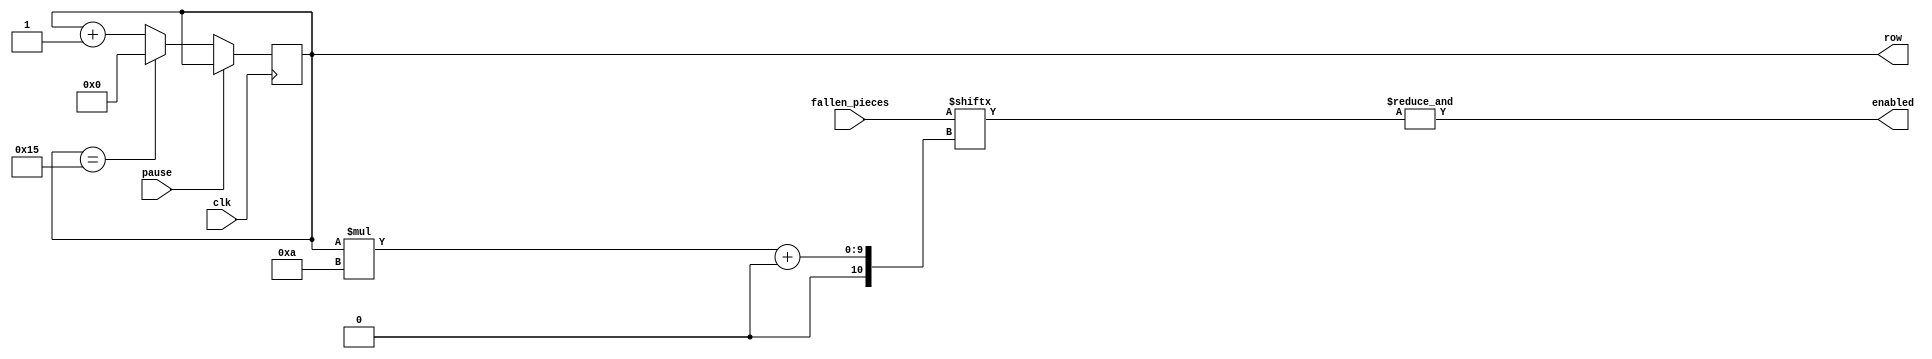
`define PIXEL_WIDTH 640
`define PIXEL_HEIGHT 480
`define HSYNC_FRONT_PORCH 16
`define HSYNC_PULSE_WIDTH 96
`define HSYNC_BACK_PORCH 48
`define VSYNC_FRONT_PORCH 10
`define VSYNC_PULSE_WIDTH 2
`define VSYNC_BACK_PORCH 33
`define BLOCK_SIZE 20
`define BLOCKS_WIDE 10
`define BLOCKS_HIGH 22
`define BOARD_WIDTH (`BLOCKS_WIDE * `BLOCK_SIZE)
`define BOARD_X (((`PIXEL_WIDTH - `BOARD_WIDTH) / 2) - 1)
`define BOARD_HEIGHT (`BLOCKS_HIGH * `BLOCK_SIZE)
`define BOARD_Y (((`PIXEL_HEIGHT - `BOARD_HEIGHT) / 2) - 1)
`define BITS_BLK_POS 8
`define BITS_X_POS 4
`define BITS_Y_POS 5
`define BITS_ROT 2
`define BITS_BLK_SIZE 3
`define BITS_SCORE 14
`define BITS_PER_BLOCK 3
`define EMPTY_BLOCK 3'b000
`define I_BLOCK 3'b001
`define O_BLOCK 3'b010
`define T_BLOCK 3'b011
`define S_BLOCK 3'b100
`define Z_BLOCK 3'b101
`define J_BLOCK 3'b110
`define L_BLOCK 3'b111
`define WHITE 8'b11111111
`define BLACK 8'b00000000
`define GRAY 8'b10100100
`define CYAN 8'b11110000
`define YELLOW 8'b00111111
`define PURPLE 8'b11000111
`define GREEN 8'b00111000
`define RED 8'b00000111
`define BLUE 8'b11000000
`define ORANGE 8'b00011111
`define ERR_BLK_POS 8'b11111111
`define DROP_TIMER_MAX 10000
module complete_row(
    input wire                                   clk,
    input wire                                   pause,
    input wire [(`BLOCKS_WIDE*`BLOCKS_HIGH)-1:0] fallen_pieces,
    output reg [`BITS_Y_POS-1:0]                 row,
    output wire                                  enabled
    );

    initial begin
        row = 0;
    end
    assign enabled = &fallen_pieces[row*`BLOCKS_WIDE +: `BLOCKS_WIDE];
     always @ (posedge clk) begin
         if (!pause) begin
             if (row == `BLOCKS_HIGH - 1) begin
                 row <= 0;
             end else begin
                 row <= row + 1;
             end
         end
     end

endmodule